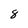
Character: 8